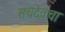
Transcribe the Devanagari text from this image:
सचदेवचा